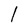
Character: l